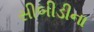
સીબીડીના